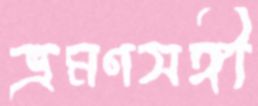
ভ্রমণসঙ্গী